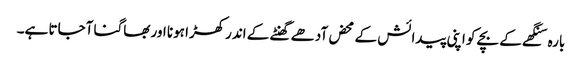
بارہ سنگھے کے بچے کو اپنی پیدائش کے محض آدھے گھنٹے کے اندرکھڑا ہونا اور بھاگنا آجاتا ہے۔